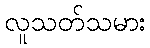
လူသတ်သမား